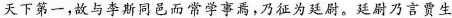
天下第 一，故与李斯同邑而常学嘲焉，乃征为廷尉。延尉乃言贾生